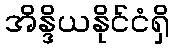
အိန္ဒိယနိုင်ငံရှိ